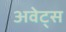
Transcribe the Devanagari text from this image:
अवेट्स